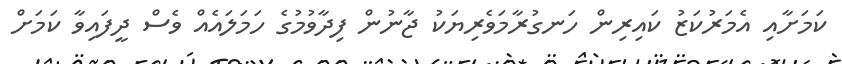
ކަމަށާއި އެމަރުކަޒު ކައިރިން ހަނގުރާމަވެރިޔަކު ޖާނުން ފިދާވުމުގެ ހަމަލައެއް ވެސް ދީފައިވާ ކަމަށް